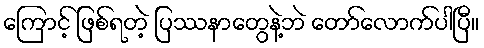
ကြောင့် ဖြစ်ရတဲ့ ပြဿနာတွေနဲ့ဘဲ တော်လောက်ပါပြီ။